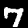
Label: 7